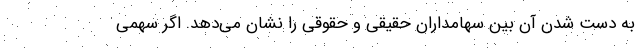
به دست شدن آن بین سهامداران حقیقی و حقوقی را نشان می‌دهد. اگر سهمی